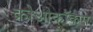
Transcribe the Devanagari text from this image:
क्रोओकॉकस